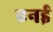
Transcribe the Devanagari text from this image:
एनई